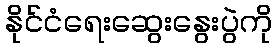
နိုင်ငံရေးဆွေးနွေးပွဲကို